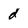
Character: d